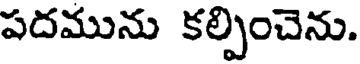
పదమును కల్పించెను.